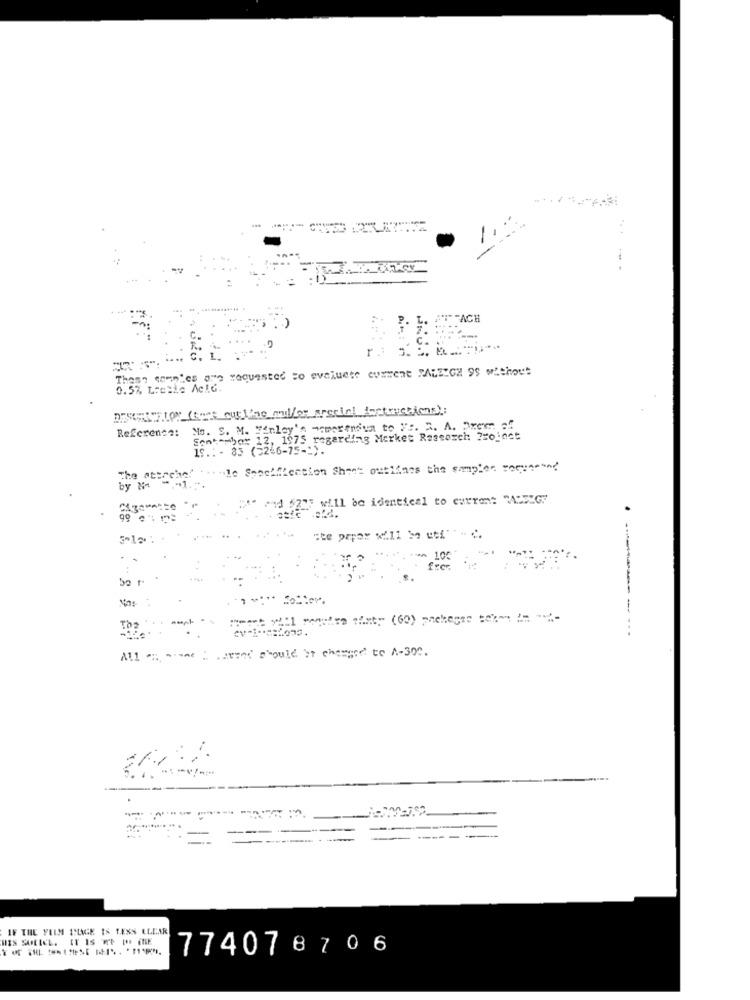
.. .
FACH
r .:
These somnies are requested to evaluese euwwent RALEIGH 95 without
0.5%, Lretic AckG.
Reference: No. S. M. Finley's -cwerendun to "r. R. A. Drewr off
Semtambor 12, 1975 regarding Market Research Project
IS .: - 83 (2246-75-").
The attrche!
.. . le Specification Sheet outlines the samples "oque"?'
by 24
Pdf will be identical to current "ADSLGy
"te prpor x211 32 cti"" - ;
100
Nos :
Cotter.
meant will mostre sixty (60) pacheste term = "
To2
All : www . arrot should be changed to A-300.
---------
IF THE FILM IMAGE IS LESS ELEAR
774078706